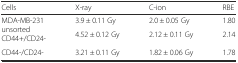
<table><thead><tr><td><b>Cells</b></td><td><b>X-ray</b></td><td><b>C-ion</b></td><td><b>RBE</b></td></tr></thead><tbody><tr><td rowspan="2">MDA-MB-231unsortedCD44+/CD24-</td><td>3.9 ± 0.11 Gy</td><td>2.0 ± 0.05 Gy</td><td>1.80</td></tr><tr><td>4.52 ± 0.12 Gy</td><td>2.12 ± 0.11 Gy</td><td>2.14</td></tr><tr><td>CD44-/CD24-</td><td>3.21 ± 0.11 Gy</td><td>1.82 ± 0.06 Gy</td><td>1.78</td></tr></tbody></table>